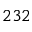
2 3 2